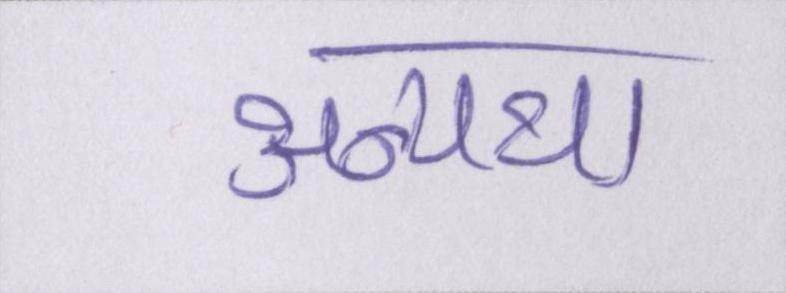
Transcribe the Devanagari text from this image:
अन्यथा